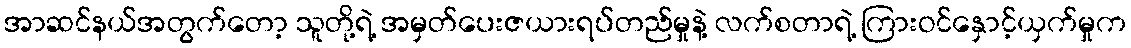
အာဆင်နယ်အတွက်တော့ သူတို့ရဲ့ အမှတ်ပေးဇယားရပ်တည်မှုနဲ့ လက်စတာရဲ့ ကြားဝင်နှောင့်ယှက်မှုက